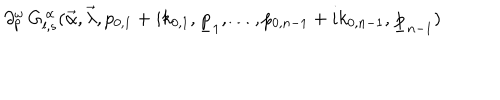
\partial _ { p } ^ { \omega } \, G _ { l , s } ^ { \, \alpha } ( \vec { \alpha } , \vec { \lambda } , p _ { 0 , 1 } + i k _ { 0 , 1 } , \underline { { { p } } } _ { 1 } , \ldots , p _ { 0 , n - 1 } + i k _ { 0 , n - 1 } , \underline { { { p } } } _ { n - 1 } )